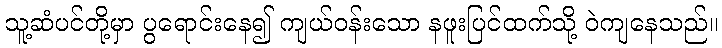
သူ့ဆံပင်တို့မှာ ပွရောင်းနေ၍ ကျယ်ဝန်းသော နဖူးပြင်ထက်သို့ ဝဲကျနေသည်။